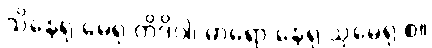
သိနေရု မေရု တိဒိဝါ၊ ဓာရော နေရု သုမေရု စ။